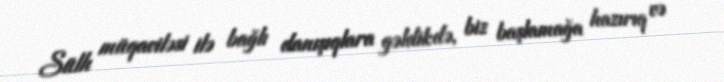
Sülh müqaviləsi ilə bağlı danışıqlara gəldikdə, biz başlamağa hazırıq və